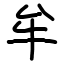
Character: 牟